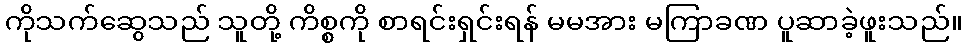
ကိုသက်ဆွေသည် သူတို့ ကိစ္စကို စာရင်းရှင်းရန် မမအား မကြာခဏ ပူဆာခဲ့ဖူးသည်။